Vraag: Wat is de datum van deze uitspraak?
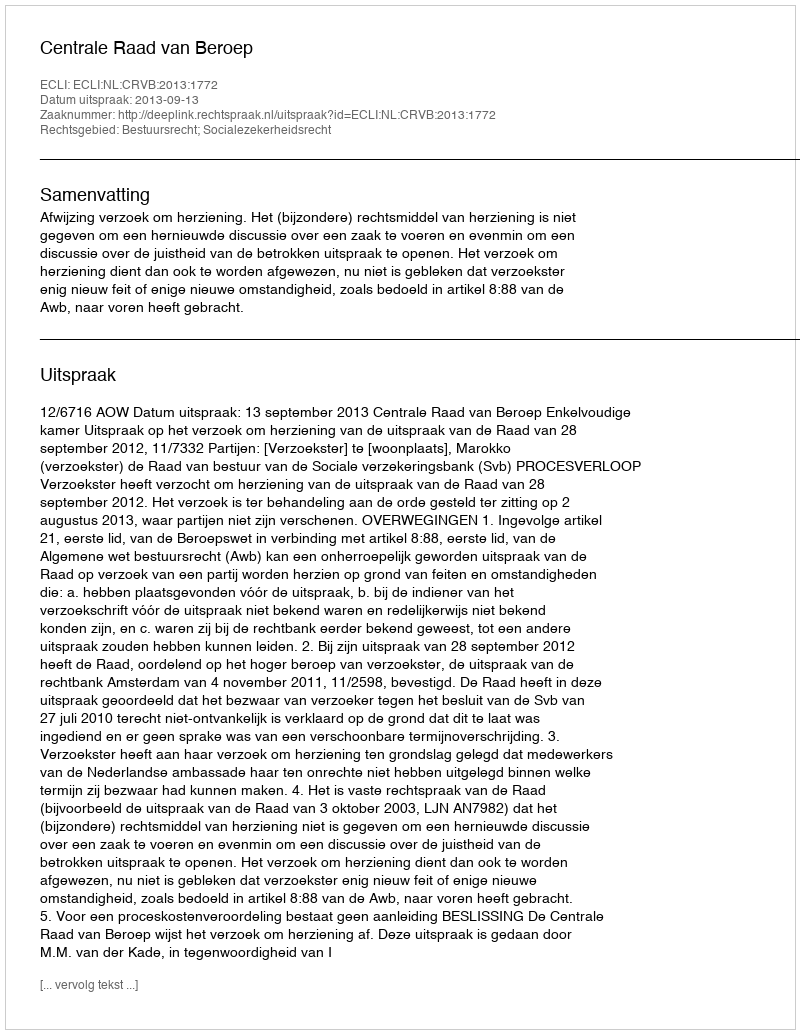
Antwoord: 2013-09-13